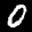
Label: 0